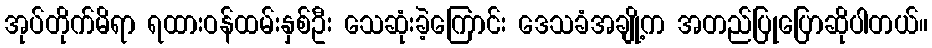
အုပ်တိုက်မိရာ ရထားဝန်ထမ်းနှစ်ဦး သေဆုံးခဲ့ကြောင်း ဒေသခံအချို့က အတည်ပြုပြောဆိုပါတယ်။